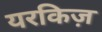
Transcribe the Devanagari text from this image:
यरकिज़